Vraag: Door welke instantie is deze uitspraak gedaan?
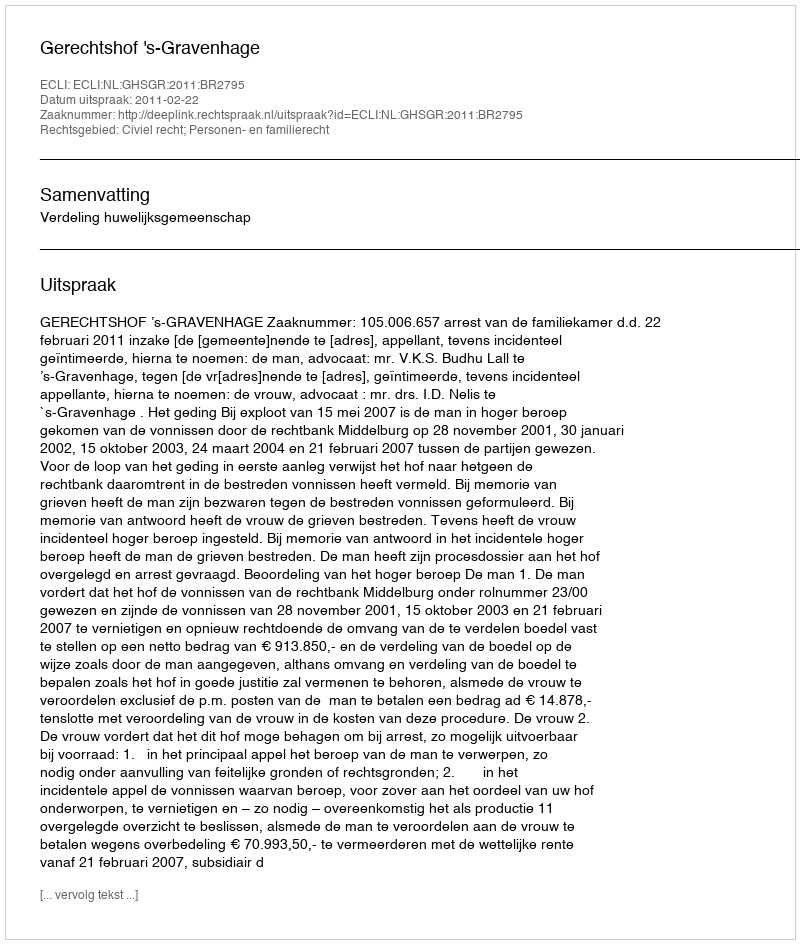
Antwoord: Gerechtshof 's-Gravenhage